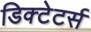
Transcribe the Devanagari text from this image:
डिक्टेटर्स